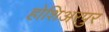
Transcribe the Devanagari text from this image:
होशिअरपुर